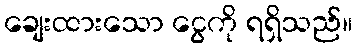
ချေးထားသော ငွေကို ရရှိသည်။